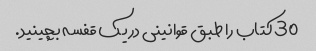
30 کتاب را طبق قوانینی در یک قفسه بچینید.